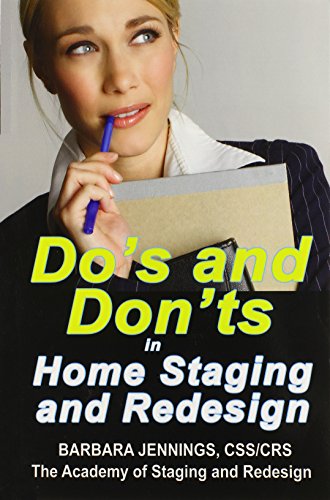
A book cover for Do's and Don'ts in Home Staging and Redesign: 101 Actual Case Studies for Stagers and Redesigners OR How to Learn the Secrets of Arranging Furniture and Accessories From Before and After Pictures; Barbara Jennings; Crafts, Hobbies & Home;